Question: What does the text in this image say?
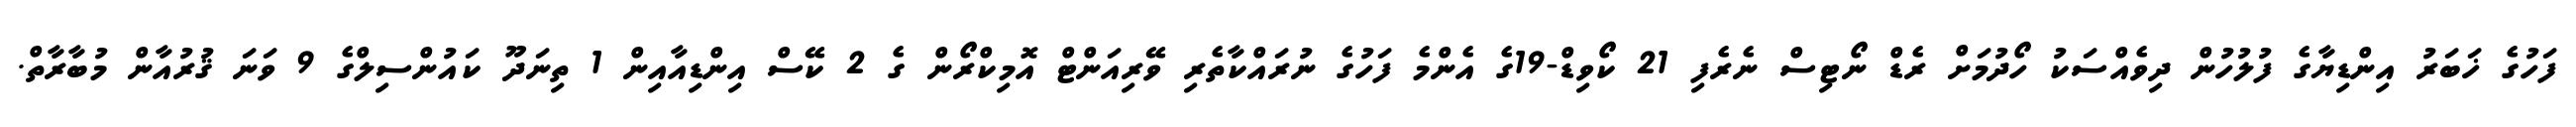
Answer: ފަހުގެ ޚަބަރު އިންޑިޔާގެ ފުލުހުން ދިވެއްސަކު ހޯދުމަށް ރެޑް ނޯޓިސް ނެރެފި 21 ކޯވިޑް-19ގެ އެންމެ ފަހުގެ ނުރައްކާތެރި ވޭރިއަންޓް އޮމިކްރޯން ގެ 2 ކޭސް އިންޑިއާއިން 1 ތިނަދޫ ކައުންސިލްގެ 9 ވަނަ ޤުރުއާން މުބާރާތް.